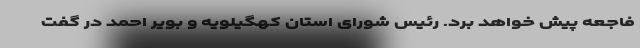
فاجعه پیش خواهد برد. رئیس شورای استان کهگیلویه و بویر احمد در گفت